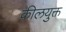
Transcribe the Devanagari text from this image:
कीलयुक्त